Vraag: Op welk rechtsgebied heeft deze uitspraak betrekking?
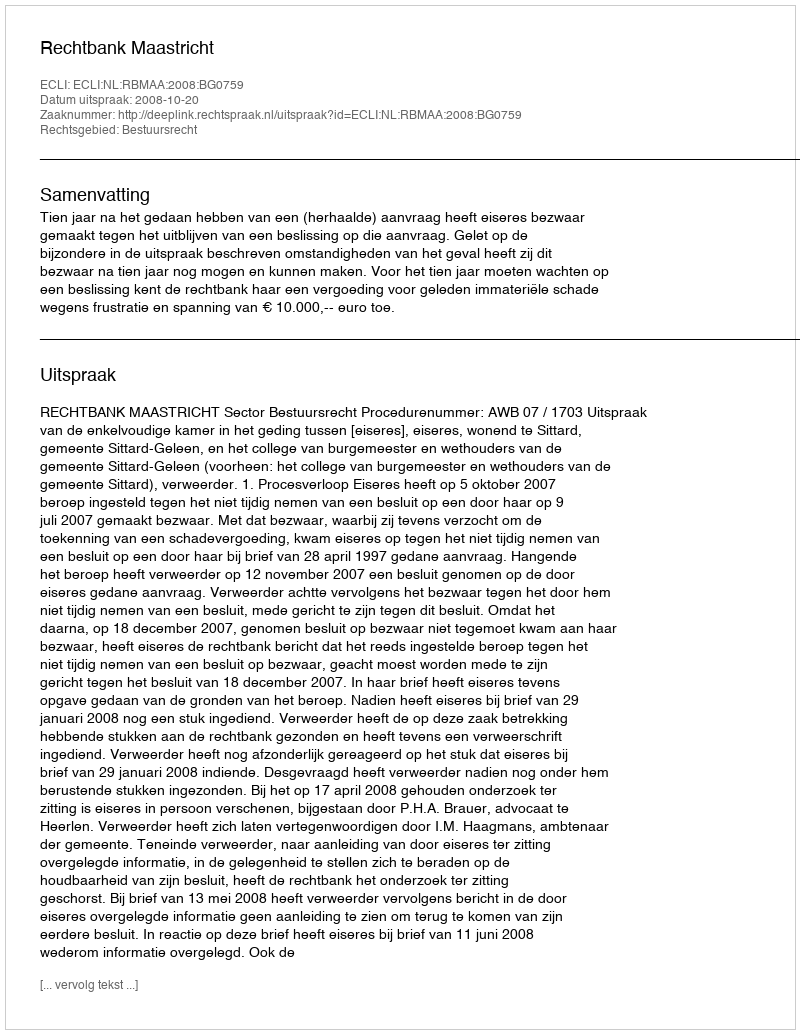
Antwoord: Bestuursrecht